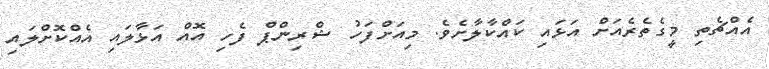
އެއްޗެތި މީގެތެރެއަށް އަޅައި ކައްކާލާށެވެ. މިއަށްފަހު ޝްރިންޕް ފެހި އޮއް އަޅާލައި އެއްކޮށްލައި